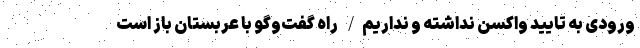
ورودی به تایید واکسن نداشته و نداریم/ راه گفت‌وگو با عربستان باز است